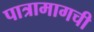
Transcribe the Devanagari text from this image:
पात्रामागची